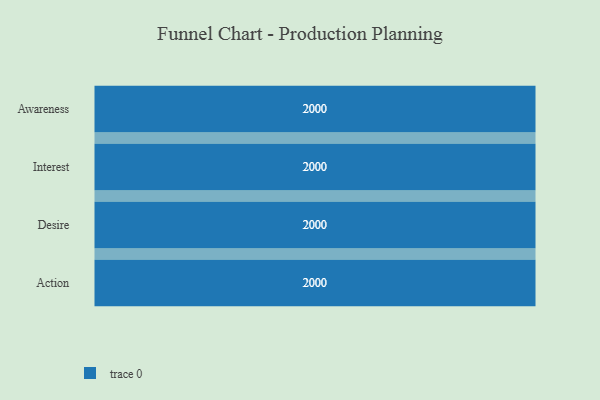
{"axis": {"x": "Stage", "y": "Value"}, "legend": [""], "data": [{"x": "Awareness", "y": 2000, "type": ""}, {"x": "Interest", "y": 2000, "type": ""}, {"x": "Desire", "y": 2000, "type": ""}, {"x": "Action", "y": 2000, "type": ""}]}